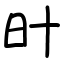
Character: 旪